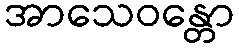
အာသေဝန္တော